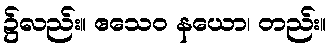
၌လည်း။ ဧသေဝ နယော၊ တည်း။